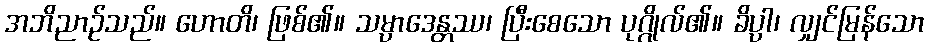
အဘိညာဉ်သည်။ ဟောတိ၊ ဖြစ်၏။ သမ္ပာဒေန္တဿ၊ ပြီးစေသော ပုဂ္ဂိုလ်၏။ ခိပ္ပါ၊ လျှင်မြန်သော